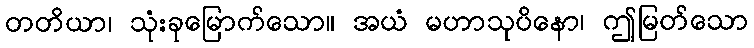
တတိယာ၊ သုံးခုမြောက်သော။ အယံ မဟာသုပိနော၊ ဤမြတ်သော